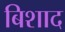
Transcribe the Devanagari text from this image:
बिशाद